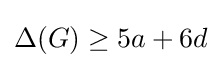
\Delta (G)\geq 5a+6d